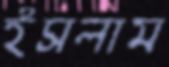
ইসলাম